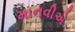
માનવીએ